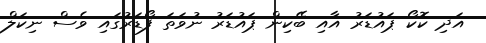
އަދި ކޮކޯ ޕައުޑަރު އާއި ބޭކިން ޕައުޑަރު ނުވަތަ ފޯޑަރުގައި ވެސް ނިކަލް